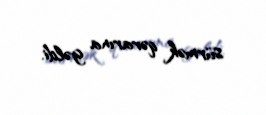
sürmək qərarına gəldi.